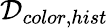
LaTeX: \mathcal{D}_{{color},{hist}}